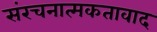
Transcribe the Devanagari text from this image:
संरचनात्मकतावाद